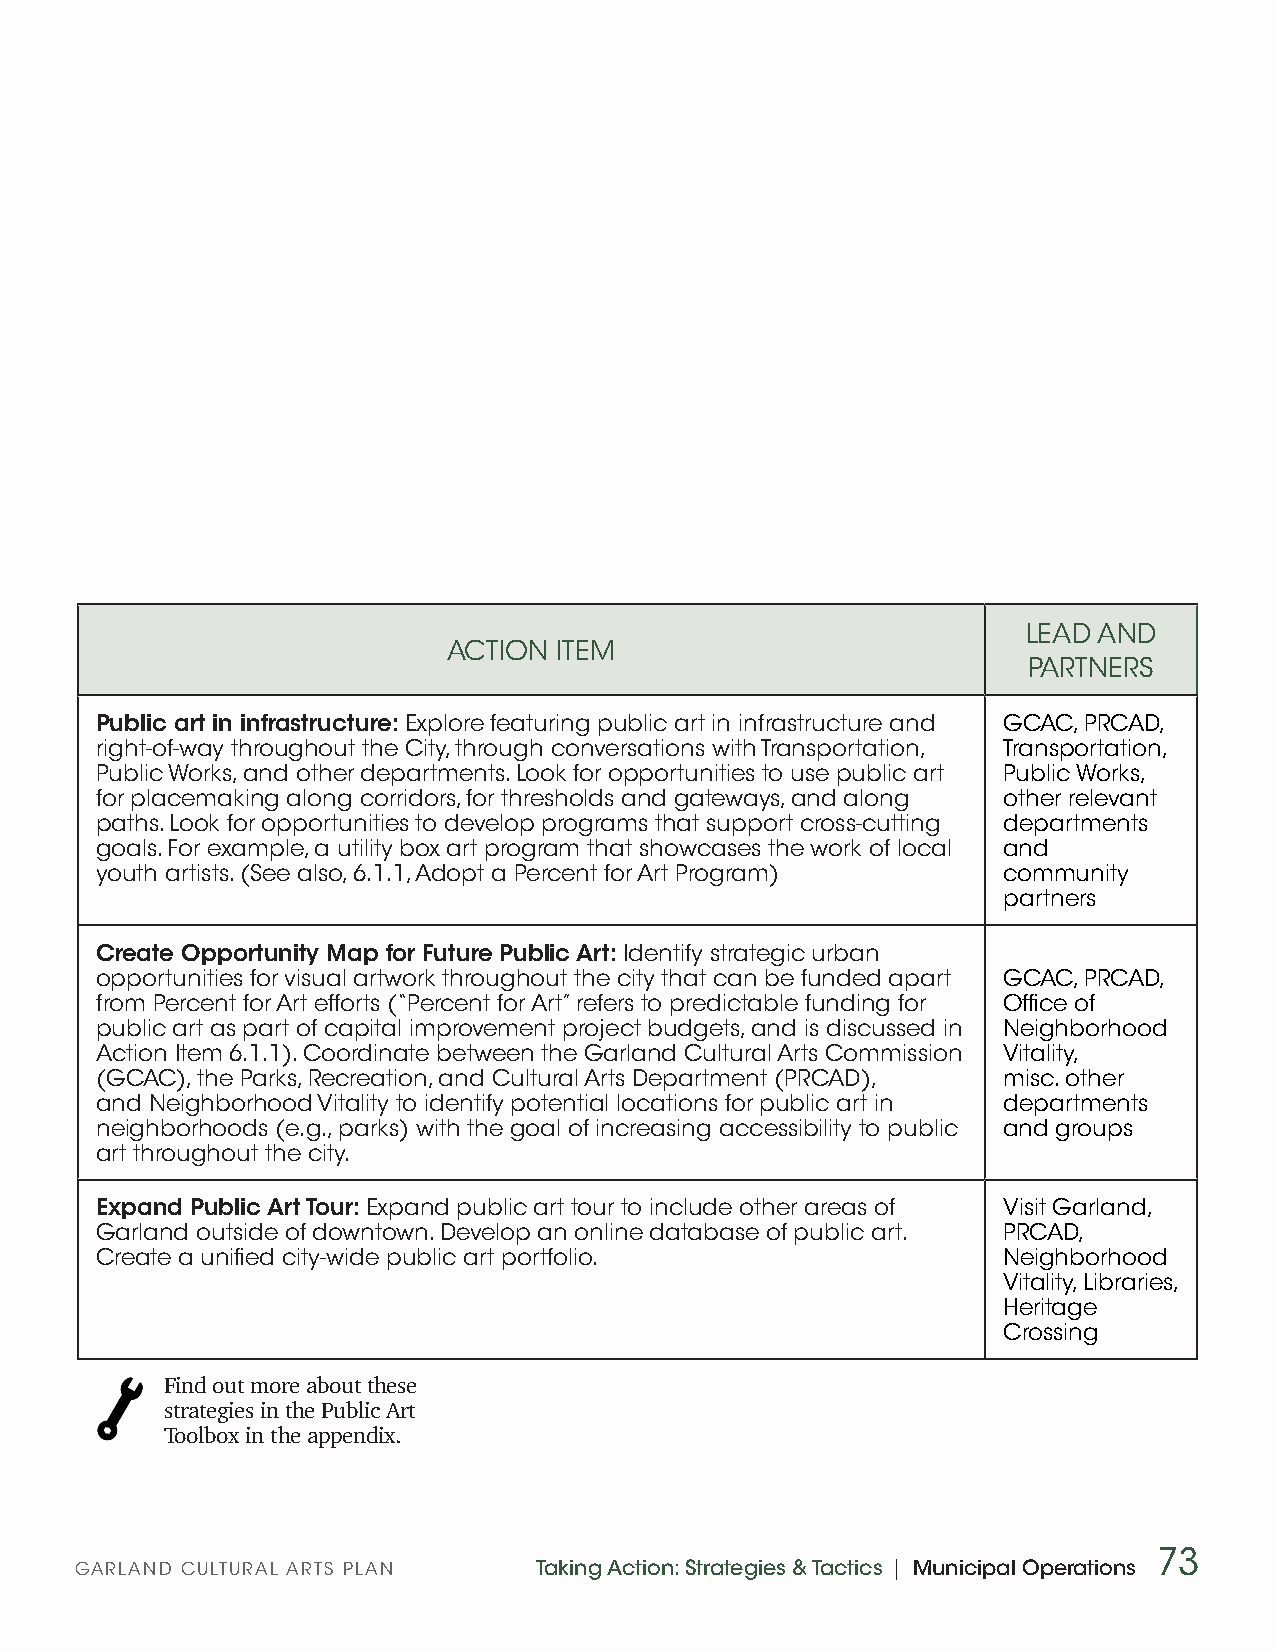
LEAD AND
 ACTION ITEM
 PARTNERS
 Public art in infrastructure: Explore featuring public art in infrastructure and GCAC, PRCAD,
 right-of-way throughout the City, through conversations with Transportation, Transportation,
 Public Works, and other departments. Look for opportunities to use public art Public Works,
 for placemaking along corridors, for thresholds and gateways, and along other relevant
 paths. Look for opportunities to develop programs that support cross-cutting departments
 goals. For example, a utility box art program that showcases the work of local and
 youth artists. (See also, 6.1.1, Adopt a Percent for Art Program) community
 partners
 Create Opportunity Map for Future Public Art: Identify strategic urban
 opportunities for visual artwork throughout the city that can be funded apart GCAC, PRCAD,
 from Percent for Art efforts (“Percent for Art” refers to predictable funding for Office of
 public art as part of capital improvement project budgets, and is discussed in Neighborhood
 Action Item 6.1.1). Coordinate between the Garland Cultural Arts Commission Vitality,
 (GCAC), the Parks, Recreation, and Cultural Arts Department (PRCAD), misc. other
 and Neighborhood Vitality to identify potential locations for public art in departments
 neighborhoods (e.g., parks) with the goal of increasing accessibility to public and groups
 art throughout the city.
 Expand Public Art Tour: Expand public art tour to include other areas of Visit Garland,
 Garland outside of downtown. Develop an online database of public art. PRCAD,
 Create a unified city-wide public art portfolio.            Neighborhood
 Vitality, Libraries,
 Heritage
 Crossing
 Find out more about these
 strategies in the Public Art
 Toolbox in the appendix.
 73
 GARLAND CULTURAL ARTS PLAN    Taking Action: Strategies & Tactics | Municipal Operations